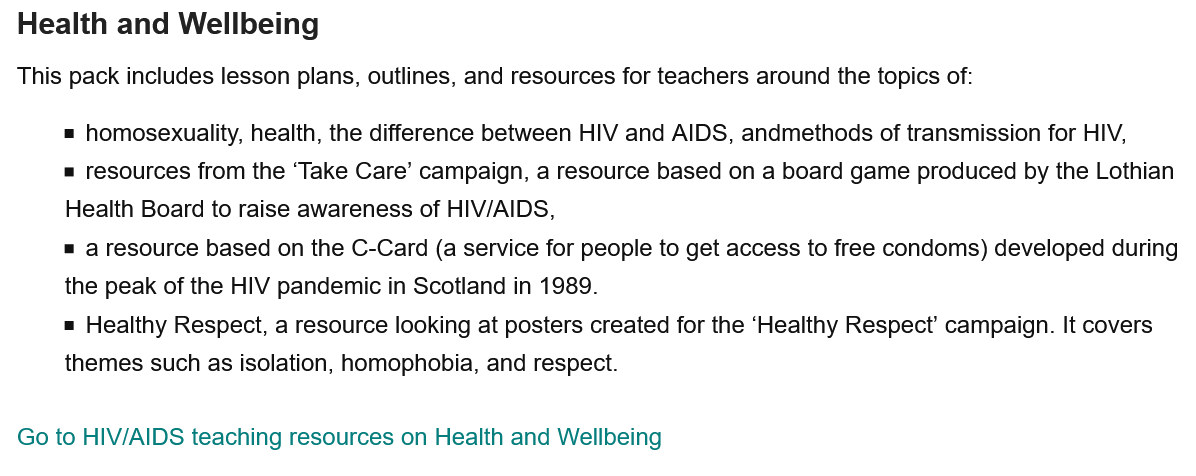
This pack includes lesson plans, outlines, and resources for teachers around the topics of:
     = homosexuality, health, the difference between HIV and AIDS, andmethods of transmission for HIV,
     = resources from the ‘Take Care’ campaign, a resource based on a board game produced by the Lothian
     Health Board to raise awareness of HIV/AIDS,
     = Healthy Respect, a resource looking at posters created for the ‘Healthy Respect’ campaign. It covers
     themes such as isolation, homophobia, and respect.
  Go to HIV/AIDS teaching resources on Health and Wellbeing
  Health  and  Wellbeing
     = aresource based on the C-Card (a service for people to get access to free condoms) developed during
     the peak of the HIV pandemic in Scotland in 1989.